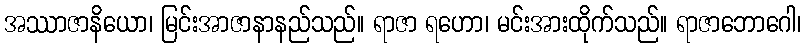
အဿာဇာနိယော၊ မြင်းအာဇာနာနည်သည်။ ရာဇာ ရဟော၊ မင်းအားထိုက်သည်။ ရာဇာဘောဂေါ၊